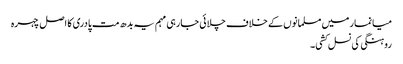
میانمار میں مسلمانوں کے خلاف چلائی جارہی مہم یہ بدھ مت پادری کا اصل چہرہ
روہنگی کی نسل کشی۔